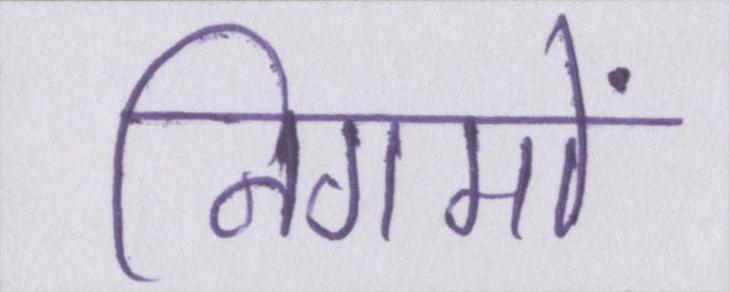
निगमों